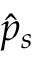
\hat { p } _ { s }